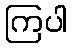
ကြပါ